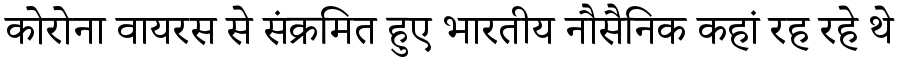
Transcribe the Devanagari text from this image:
कोरोना वायरस से संक्रमित हुए भारतीय नौसैनिक कहां रह रहे थे